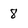
Character: 8